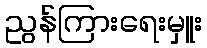
ညွန်ကြားရေးမှူး